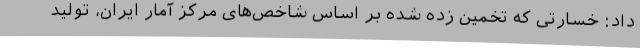
داد: خسارتی که تخمین زده شده بر اساس شاخص‌های مرکز آمار ایران، تولید